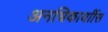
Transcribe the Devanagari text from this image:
अनधिकार्याीस